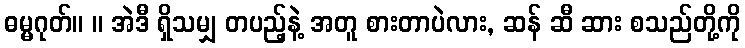
ဓမ္မဂုတ်။ ။ အဲဒီ ရှိသမျှ တပည့်နဲ့ အတူ စားတာပဲလား, ဆန် ဆီ ဆား စသည်တို့ကို